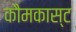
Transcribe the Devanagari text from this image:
कौमकास्ट